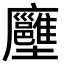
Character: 𡔏